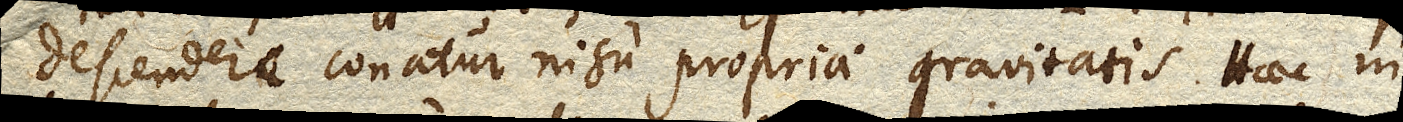
descendere conatur nisu propriae gravitatis. Haec in